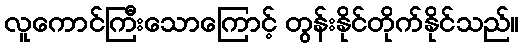
လူကောင်ကြီးသောကြောင့် တွန်းနိုင်တိုက်နိုင်သည်။